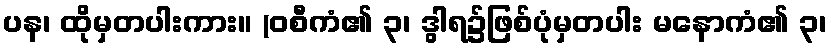
ပန၊ ထိုမှတပါးကား။ (ဝစီကံ၏ ၃၊ ဒွါရ၌ဖြစ်ပုံမှတပါး မနောကံ၏ ၃၊